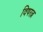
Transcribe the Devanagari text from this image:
विषरत्न